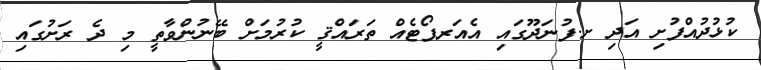
ކުޅުދުއްފުށި އަދި ށ.ފުނަދޫގައި އެއަރޕޯޓެއް ތަރައްޤީ ކުރުމަށް ބޭނުންވާތީ މި ދެ ރަށުގައި